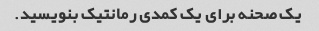
یک صحنه برای یک کمدی رمانتیک بنویسید.